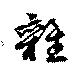
雑